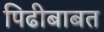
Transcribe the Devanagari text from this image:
पिढीबाबत